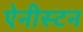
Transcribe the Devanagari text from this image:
ऐनीस्टन